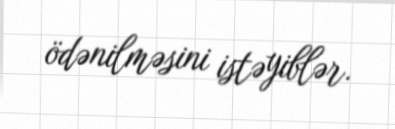
ödənilməsini istəyiblər.